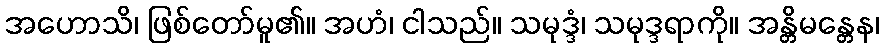
အဟောသိ၊ ဖြစ်တော်မူ၏။ အဟံ၊ ငါသည်။ သမုဒ္ဒံ၊ သမုဒ္ဒရာကို။ အန္တိမန္တေန၊